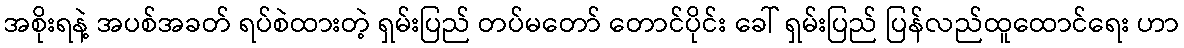
အစိုးရနဲ့ အပစ်အခတ် ရပ်စဲထားတဲ့ ရှမ်းပြည် တပ်မတော် တောင်ပိုင်း ခေါ် ရှမ်းပြည် ပြန်လည်ထူထောင်ရေး ဟာ